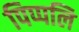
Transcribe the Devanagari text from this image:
पिप्पलि